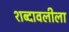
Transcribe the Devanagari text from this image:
शब्दावलीला